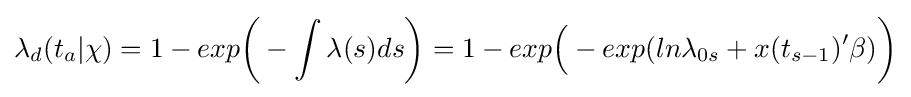
\lambda _{d}(t_{a}|\chi )=1-exp{\biggl (}-\int \lambda (s)ds{\biggr )}=1-exp{\Bigl (}-exp(ln\lambda _{0s}+x(t_{s-1})'\beta ){\biggl )}